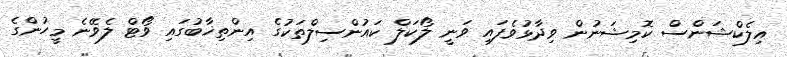
އިލެކްޝަންސް ކޮމިޝަނުން ވިދާޅުވެފައި ވަނީ ލޯކަލް ކައުންސިލްތަކުގެ އިންތިޚާބުގައި ވޯޓް ލެވޭނެ މީހުންގެ